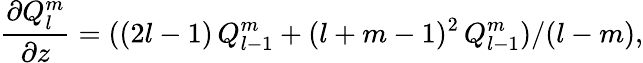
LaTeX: \frac{\partial Q_{l}^{m}}{\partial z}=((2l-1)\, Q_{l-1}^{m}+(l+m-1)^{2}\, Q_{l-1}^{m})/(l-m),